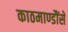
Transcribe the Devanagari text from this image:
काठमाण्डौंसे